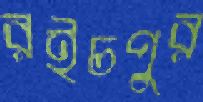
রইচপুর